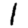
Digit: 1